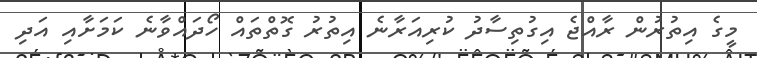
މީގެ އިތުރުން ރާއްޖެ އިގުތިސާދު ކުރިއަރާނެ އިތުރު ގޮތްތައް ހޯދައްވާނެ ކަމަށާއި އަދި